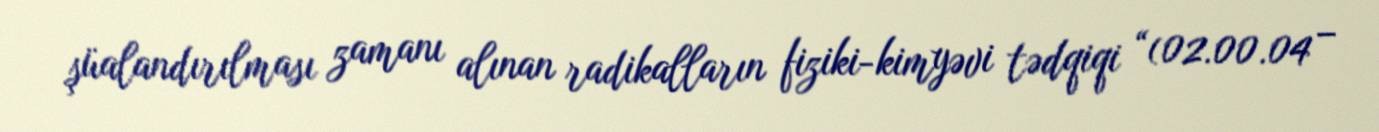
şüalandırılması zamanı alınan radikalların fiziki-kimyəvi tədqiqi “(02.00.04 –